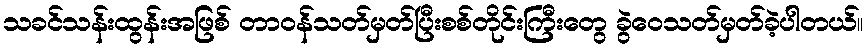
သခင်သန်းထွန်းအဖြစ် တာဝန်သတ်မှတ်ပြီးစစ်တိုင်းကြီးတွေ ခွဲဝေသတ်မှတ်ခဲ့ပါတယ်။